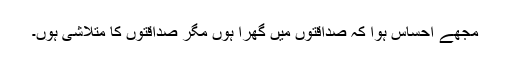
مجھے احساس ہوا کہ صداقتوں میں گھرا ہوں مگر صداقتوں کا متلاشی ہوں۔